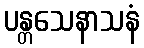
ပန္တသေနာသနံ